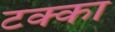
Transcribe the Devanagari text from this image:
टक्‍का